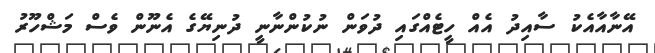
އޭނާއާއެކު ސާއިދު އެއް ހީޓެއްގައި ދުވަން ނުކުންނާނީ ދުނިޔޭގެ އެނޫން ވެސް މަޝްހޫރު